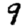
Digit: 9